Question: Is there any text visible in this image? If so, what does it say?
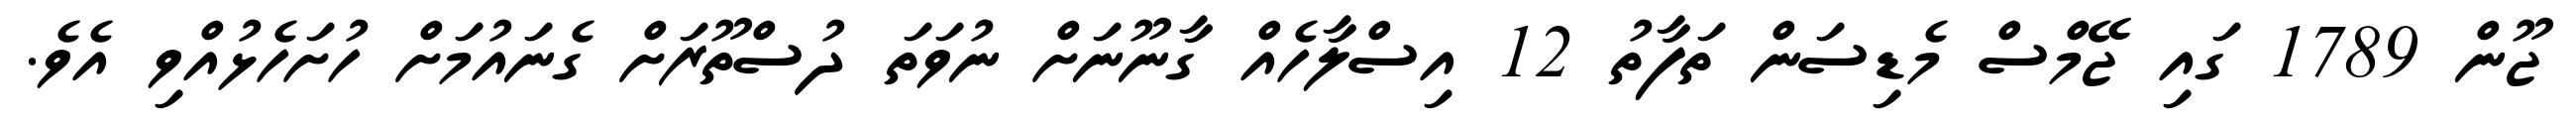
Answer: ޖޫން 1789 ގައި ޖޭމްސް މެޑިސަން ތަފާތު 12 އިސްލާހެއް ގާނޫނަށް ނުވަތަ ދުސްތޫރަށް ގެނައުމަށް ހުށަހެޅުއްވި އެވެ.